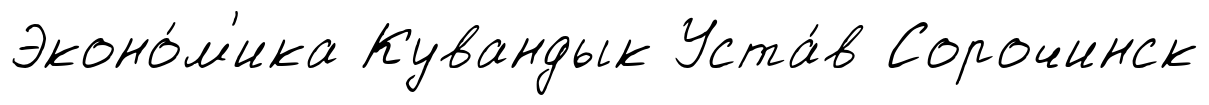
Эконо́м'ика Кувандык Уста́в Сорочинск